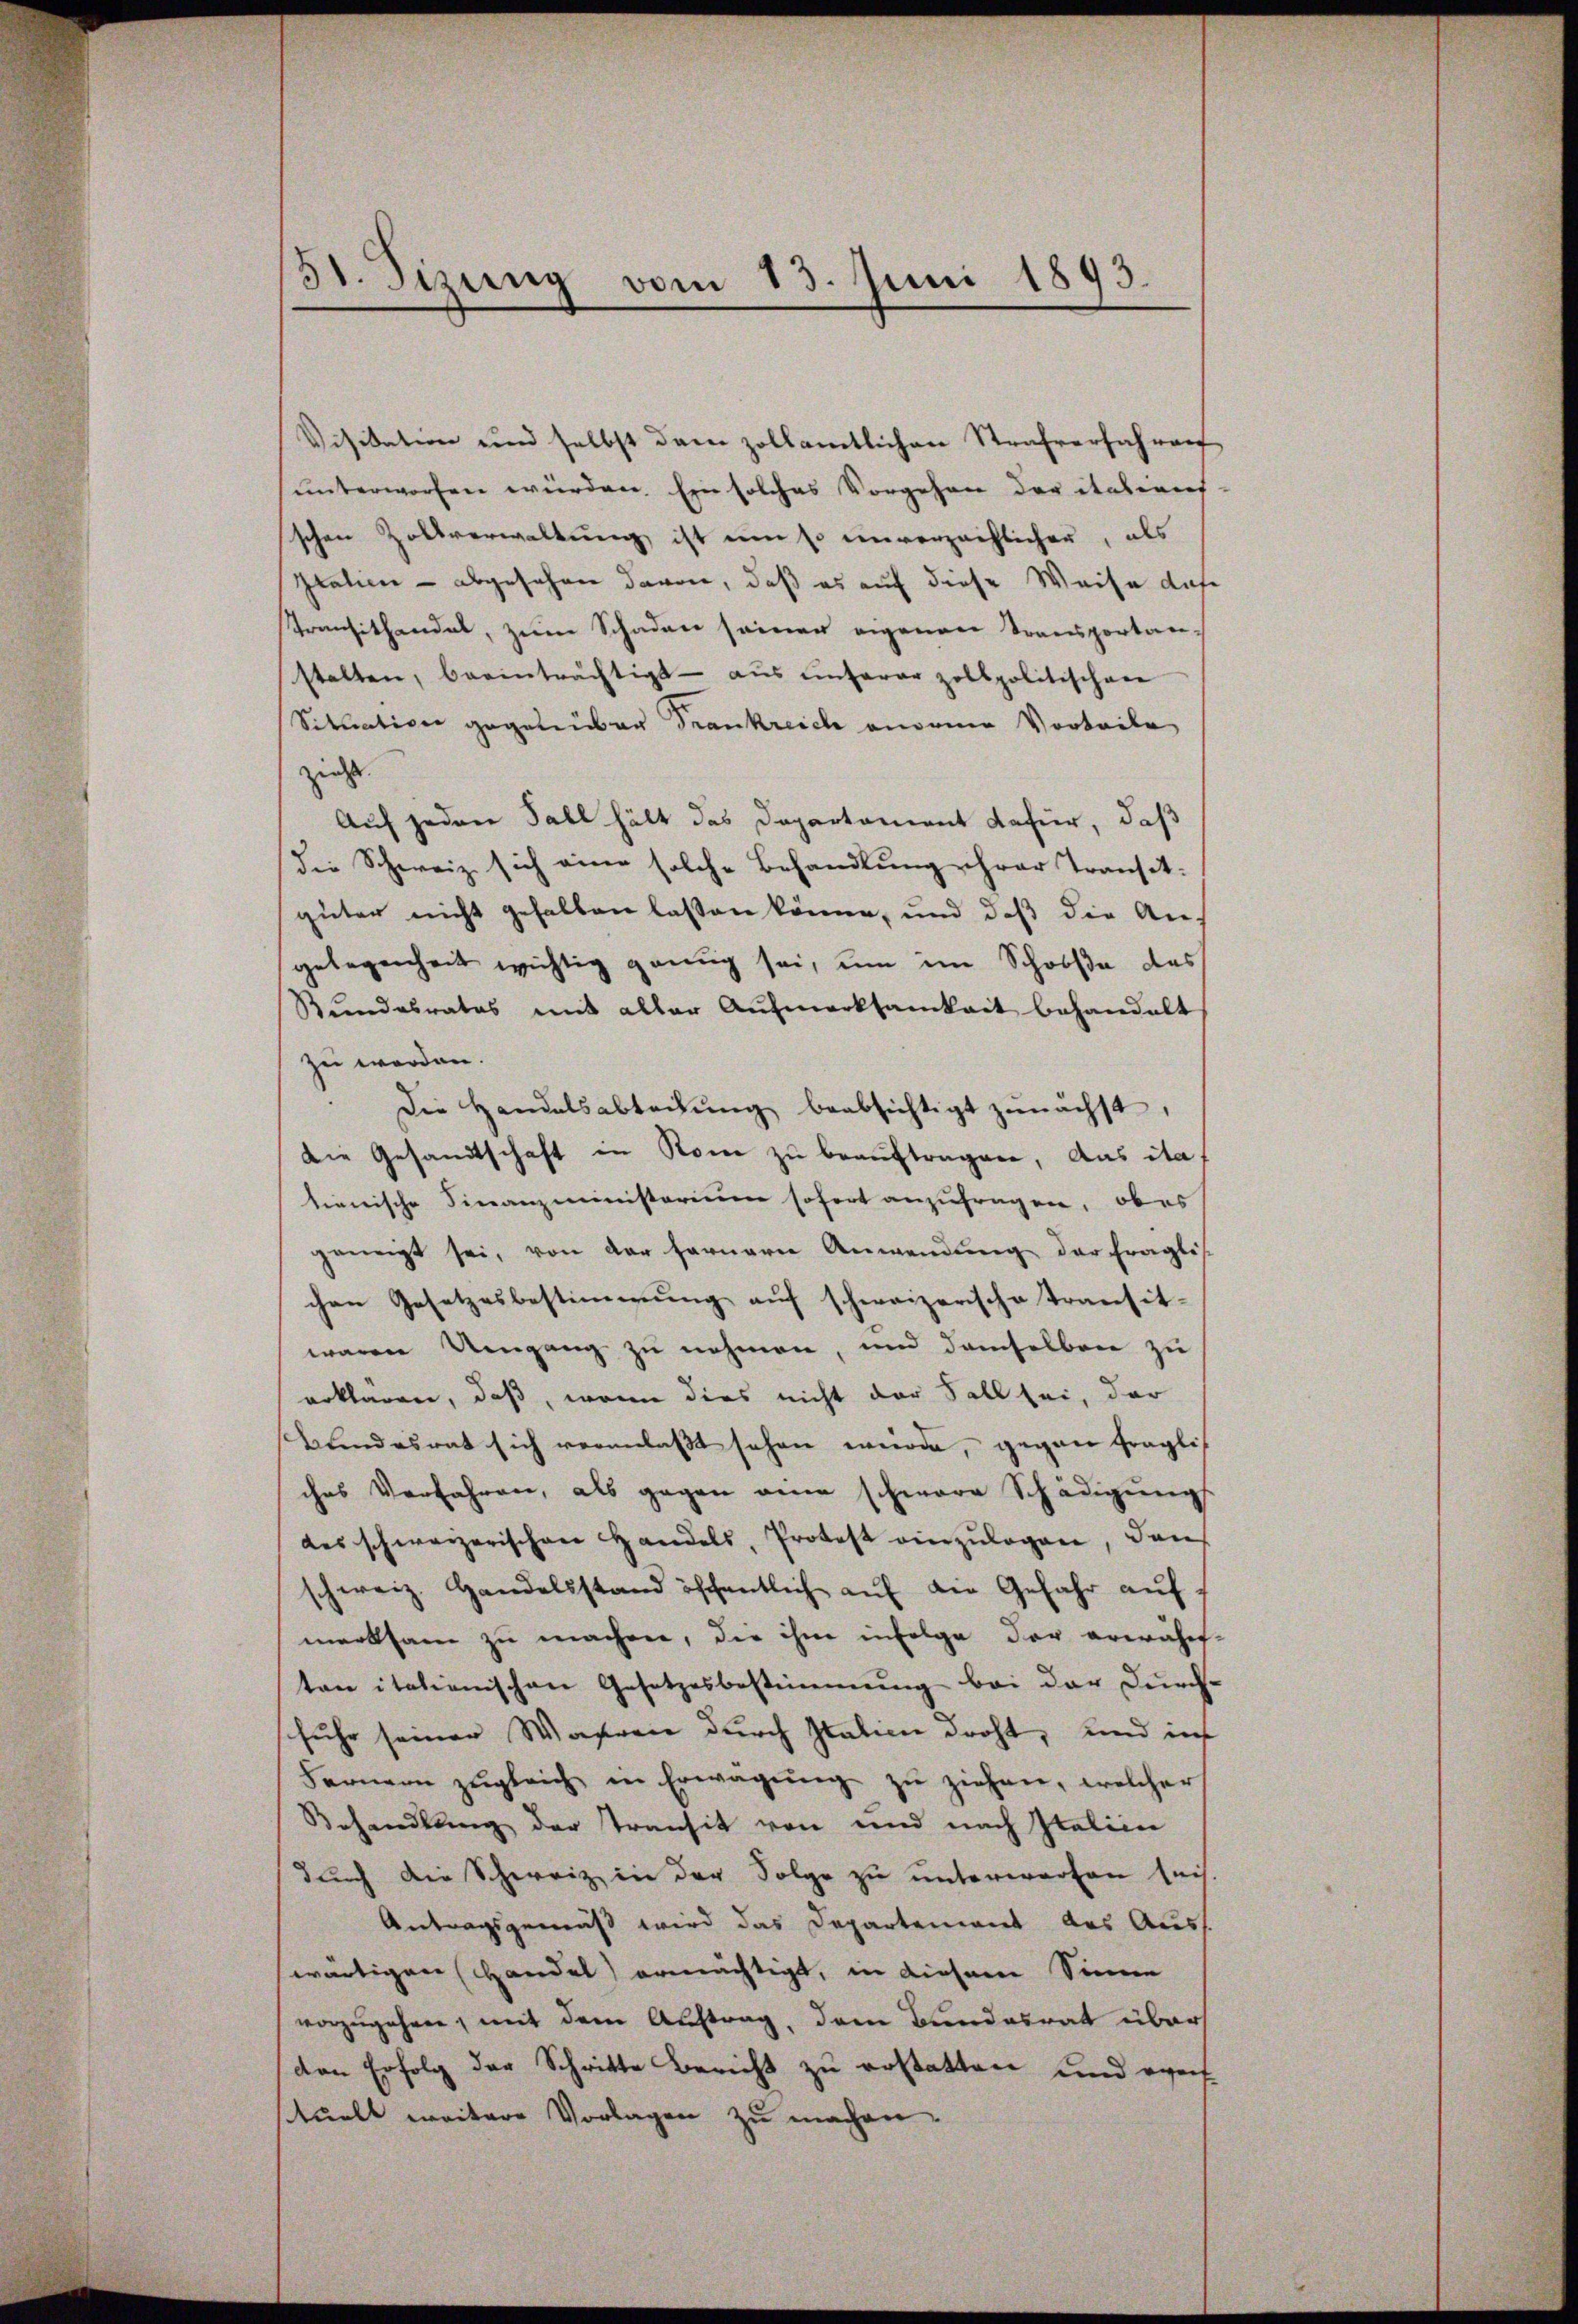
Visitation und selbst dann zollamtlichen Strafverfahren
sunterworfen würden. Ein solches Vorgehen der italiens
schen Zollverwaltung ist um so unverzeihlicher, als
Italien - abgesehen davon, daß es auf diese Weise dase
Transithandel, zum Schaden seiner eigenen Transportan-
stalten, beeinträchtigt - aus unserer Zollpolitischere
Situation gegenüber Frankreich anormen Vorteile
zieht.
Auf jeden Fall hält das Departement dafür, daß
die Schweiz sich eine solche Behandlung ihrer Transitgüter nicht gehalten lassen könne, und daß die An-
gelegenheit wichtig genug sei, um im Schooße des
Bundesrates mit aller Aufmerksamkeit behandelt
zu werden.
Die Handelsabtedŭng beabsichtigt zŭnächst,
Die Gesandtschaft in Rome zu beauftragen, das ita
tienische Finanzministerium sofort anzufragen, ober
geneigt sei, von der fernern Anwendung der fraglis
chen Gesetzesbestimmung aŭf schweizerische Transit-
waren Umgang zu nehmen, und demselben zu
erklären, daß, wenn dies nicht der Fall sei, der
Bundesrat sich veranlasst sehen würde, gegen fraglis
ches Verfahren, als gegen eine schwere Schädigŭngs-
des schweizerischen Handels, Protest einzŭlagen, dan
schweiz. Handelsstand öffentlich auf die Gefahr auf
merksam zu machen, die ihm infolge der erwähn-
ten italienischen Gesetzesbestimmung bei der Durch-
fuhr seiner Wahren durch Italien droht, und inf
Fernern zŭgleich in Erwägŭng zŭ ziehen, welcher
Behandlung der Transit von und nach Italien
durch die Schweiz in der Folge zu unterworfen sei.
Antragsgemäß wird das Departement des Auss
wärtigen Handel) ermächtigt, in diesem Sinne
vorzugehen, mit dem Auftrag, dem Bundesrat über
den Erfolg der Schritte Bericht zu erstatten und eventuell weitere Vorlagen zu machen.

51. Sizung vom 13. Juni 1893.